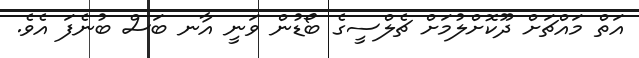
އަތް މައްޗަށް ދޫކޮށްލުމަށް ޗެލްސީގެ ބޯޑުން ވަނީ އާނ ބަސް ބުނެފަ އެވެ.